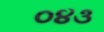
૦૪૩